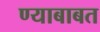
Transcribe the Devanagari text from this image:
ण्याबाबत